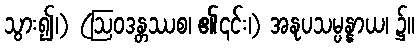
သွား၍၊) (ဩဝဒန္တဿစ၊ ၏၎င်း၊) အနုပသမ္ပန္နာယ၊ ၌။